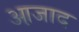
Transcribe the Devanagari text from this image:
आ़जाद